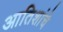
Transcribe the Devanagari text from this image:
आतिशांचे